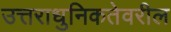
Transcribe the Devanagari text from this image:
उत्तराधुनिकतेवरील